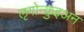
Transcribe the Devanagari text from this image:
ऌगोन्क़ुइअन